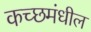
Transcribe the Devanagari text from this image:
कच्छमंधील